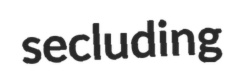
secluding